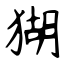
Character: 猢